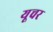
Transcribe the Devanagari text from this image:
यूचर